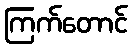
ကြက်တောင်